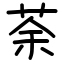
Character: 荼